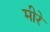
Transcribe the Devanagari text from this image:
मीरे